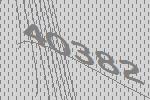
40382